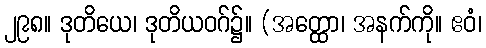
၂၉၈။ ဒုတိယေ၊ ဒုတိယဝဂ်၌။ (အတ္ထော၊ အနက်ကို။ ဧဝံ၊